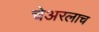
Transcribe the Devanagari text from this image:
चेअरलाच